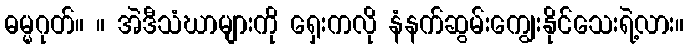
ဓမ္မဂုတ်။ ။ အဲဒီသံဃာများကို ရှေးကလို နံနက်ဆွမ်းကျွေးနိုင်သေးရဲ့လား။